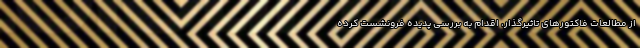
از مطالعات فاکتورهای تاثیرگذار، اقدام به بررسی پدیده فرونشست کرده